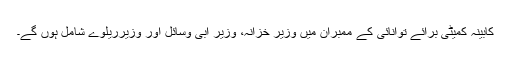
کابینہ کمیٹی برائے توانائی کے ممبران میں وزیر خزانہ، وزیر آبی وسائل اور وزیرریلوے شامل ہوں گے۔